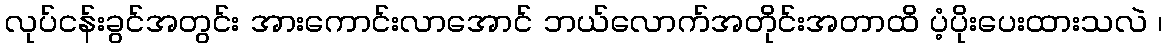
လုပ်ငန်းခွင်အတွင်း အားကောင်းလာအောင် ဘယ်လောက်အတိုင်းအတာထိ ပံ့ပိုးပေးထားသလဲ ၊